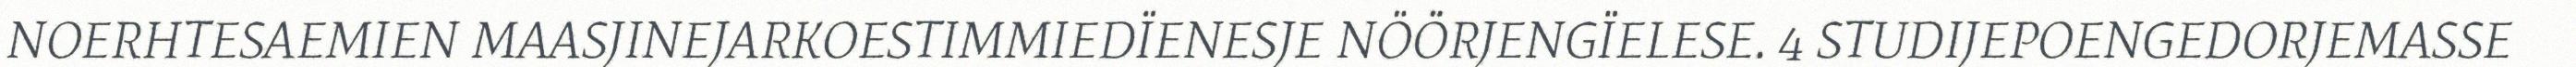
NOERHTESAEMIEN MAASJINEJARKOESTIMMIEDÏENESJE NÖÖRJENGÏELESE. 4 STUDIJEPOENGEDORJEMASSE